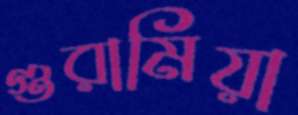
গুরামিয়া